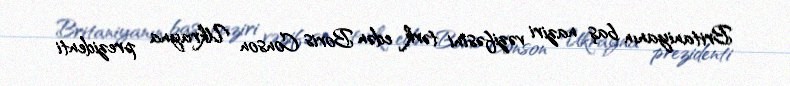
Britaniyanın baş naziri vəzifəsini tərk edən Boris Conson Ukrayna prezidenti